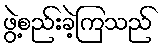
ဖွဲ့စည်းခဲ့ကြသည်